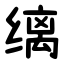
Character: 缡